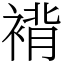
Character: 褙